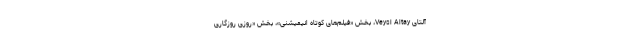
آلتای Veysi Altay، بخش «فیلم‌های کوتاه انیمیشنی»، بخش «روزی روزگاری